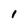
Character: I